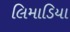
લિમાડિયા